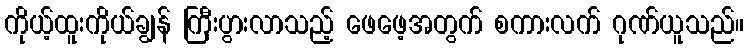
ကိုယ့်ထူးကိုယ်ချွန် ကြီးပွားလာသည့် ဖေဖေ့အတွက် စကားလက် ဂုဏ်ယူသည်။